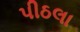
પીઠલા